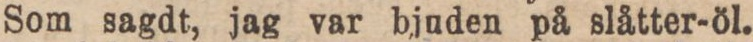
Som sagdt, jag var bjuden på slåtter-öl.